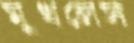
মুখলেস